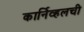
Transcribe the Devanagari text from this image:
कार्निव्हलची